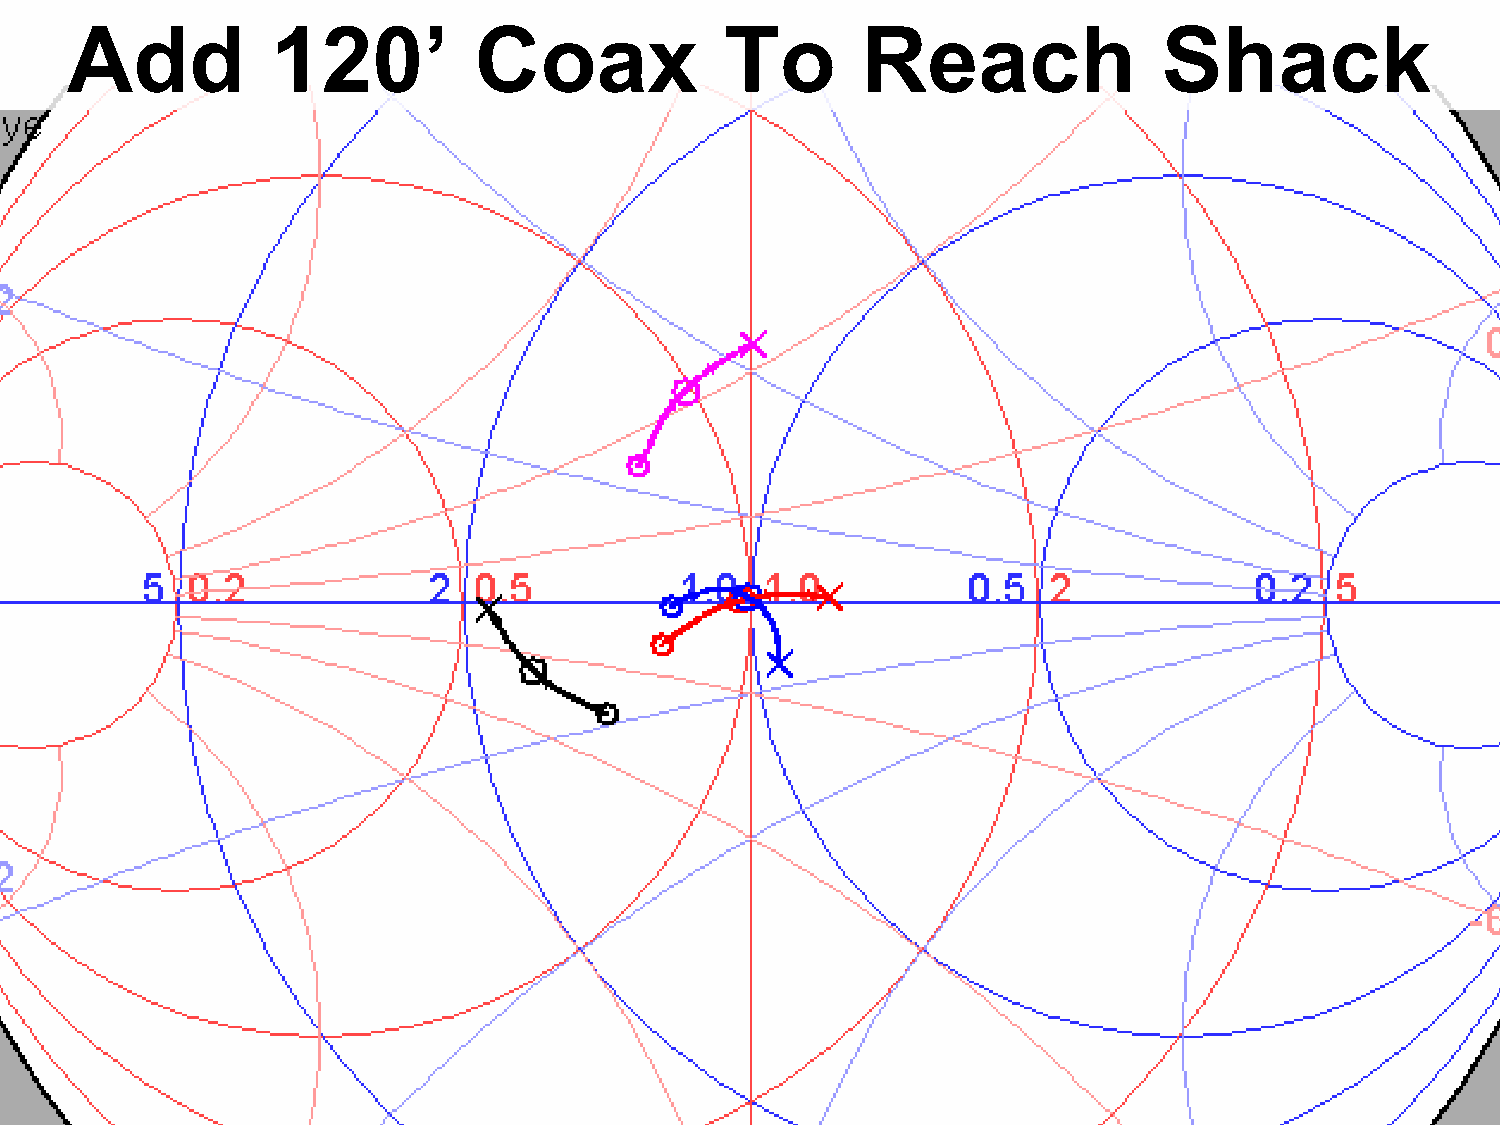
Add           120’         Coax             To       Reach               Shack